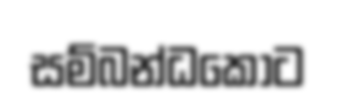
සම්බන්ධකොට